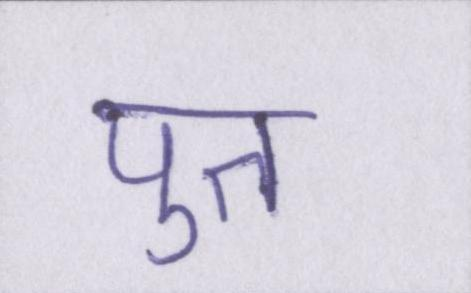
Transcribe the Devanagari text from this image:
पुत